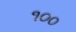
૧૦૦